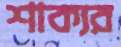
শাক্যর